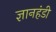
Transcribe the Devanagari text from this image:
ज्ञानहंडी